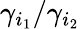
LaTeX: \gamma_{i_{1}}/\gamma_{i_{2}}